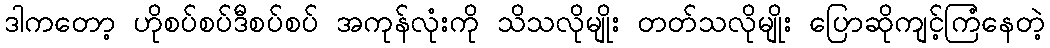
ဒါကတော့ ဟိုစပ်စပ်ဒီစပ်စပ် အကုန်လုံးကို သိသလိုမျိုး တတ်သလိုမျိုး ပြောဆိုကျင့်ကြံနေတဲ့